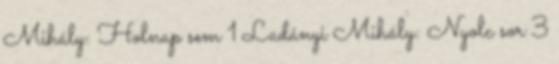
Mihály: Holnap sem 1 Ladányi Mihály: Nyolc sor 3